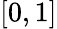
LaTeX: [0,1]